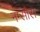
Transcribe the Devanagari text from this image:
नम्सोस